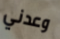
وعدني